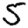
Digit: 5